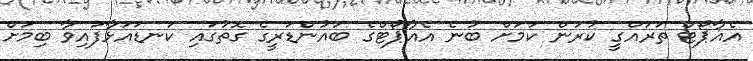
އެއާޕޯޓް ތަރައްގީ ކުރަން ކަމަށް ބުނެ އެއާޕޯޓްގެ ބައުންޑަރީގެ ގޮތުގައި ކަނޑައަޅާފައިވާ ބިމަށް